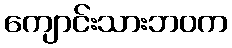
ကျောင်းသားဘဝက